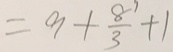
= 9 + \frac { 8 1 } { 3 } + 1